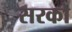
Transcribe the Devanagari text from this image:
सरको